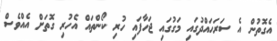
އެގޮތުން އެ ސަރަހައްދުގައި މަގުގައި ޖަހާފައި ހުރި ކޯންތައް އެހުރި ގޮތަށް އެއްވެސް